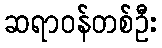
ဆရာဝန်တစ်ဦး